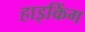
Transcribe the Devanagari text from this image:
हाइकिंग